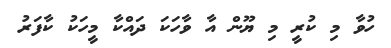
ހުވާ މި ކުރީ މި ޔޫން އާ ވާހަކަ ދައްކާ މީހަކު ކާފަރު